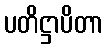
ပတိဋ္ဌာပိတာ